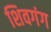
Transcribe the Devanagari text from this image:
शिवगंग